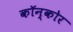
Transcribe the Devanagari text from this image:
कॉन्कोर